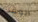
الوقت